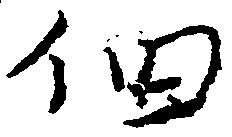
佃